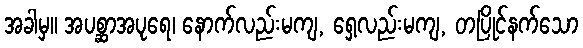
အခါမှ။ အပစ္ဆာအပုရေ၊ နောက်လည်းမကျ, ရှေ့လည်းမကျ, တပြိုင်နက်သော